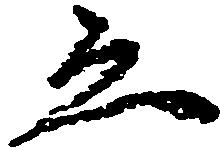
ゑ